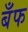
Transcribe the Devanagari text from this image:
बँफ